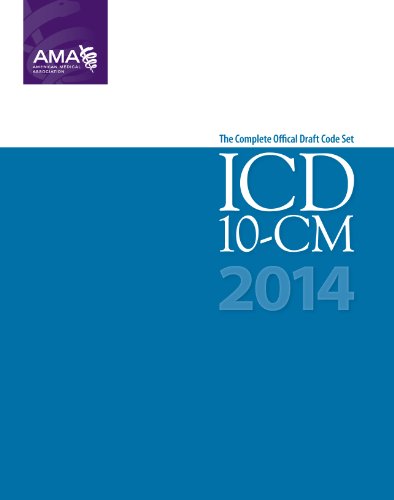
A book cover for ICD-10-CM 2014 Draft Code Set (ICD-10-CM Draft); American Medical Association; Medical Books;